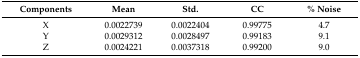
<table><thead><tr><td><b>Components</b></td><td><b>Mean</b></td><td><b>Std.</b></td><td><b>CC</b></td><td><b>% Noise</b></td></tr></thead><tbody><tr><td>X</td><td>0.0022739</td><td>0.0022404</td><td>0.99775</td><td>4.7</td></tr><tr><td>Y</td><td>0.0029312</td><td>0.0028497</td><td>0.99183</td><td>9.1</td></tr><tr><td>Z</td><td>0.0024221</td><td>0.0037318</td><td>0.99200</td><td>9.0</td></tr></tbody></table>